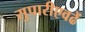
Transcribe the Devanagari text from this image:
सुपारीएवढें